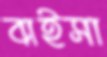
বাইসা